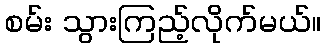
စမ်း သွားကြည့်လိုက်မယ်။